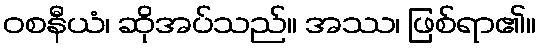
ဝစနီယံ၊ ဆိုအပ်သည်။ အဿ၊ ဖြစ်ရာ၏။